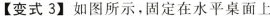
【变式3】如图所示，固定在水平桌面上